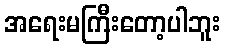
အရေးမကြီးတော့ပါဘူး